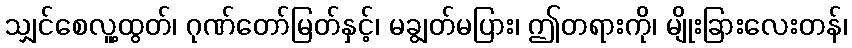
သျှင်စေလူ့ထွတ်၊ ဂုဏ်တော်မြတ်နှင့်၊ မချွတ်မပြား၊ ဤတရားကို၊ မျိုးခြားလေးတန်၊